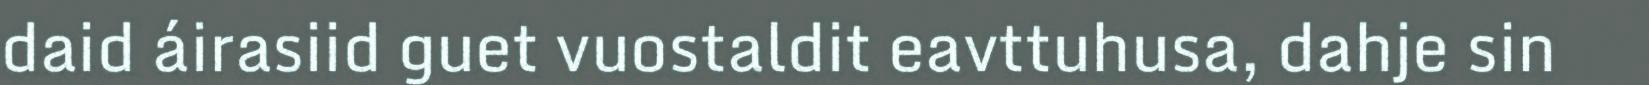
daid áirasiid guet vuostaldit eavttuhusa, dahje sin